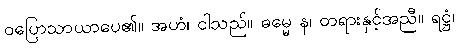
ဝပြောသာယာပေ၏။ အဟံ၊ ငါသည်။ ဓမ္မေ န၊ တရားနှင့်အညီ။ ရဋ္ဌံ၊